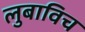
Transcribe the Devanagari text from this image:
लुबाविच